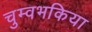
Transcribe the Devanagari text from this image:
चुम्वभकिया